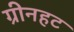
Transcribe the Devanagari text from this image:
ग्रीनहट